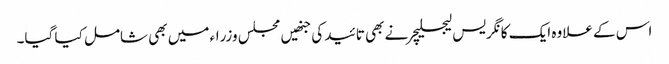
اس کے علاوہ ایک کانگریس لیجسلیچر نے بھی تائید کی جنھیں مجلس وزراء میں بھی شامل کیا گیا۔